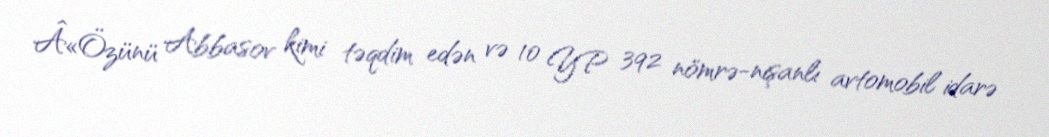
Â«Özünü Abbasov kimi təqdim edən və 10 YP 392 nömrə-nişanlı avtomobil idarə